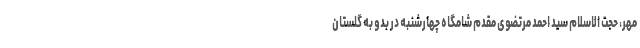
مهر، حجت الاسلام سید احمد مرتضوی مقدم شامگاه چهارشنبه در بدو به گلستان